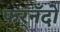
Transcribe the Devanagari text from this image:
फर्‌नँदो